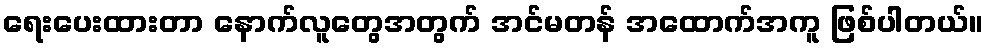
ရေးပေးထားတာ နောက်လူတွေအတွက် အင်မတန် အထောက်အကူ ဖြစ်ပါတယ်။